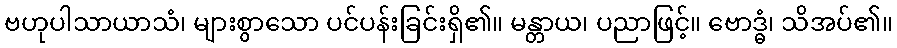
ဗဟုပါသာယာသံ၊ များစွာသော ပင်ပန်းခြင်းရှိ၏။ မန္တာယ၊ ပညာဖြင့်။ ဗောဒ္ဓံ၊ သိအပ်၏။